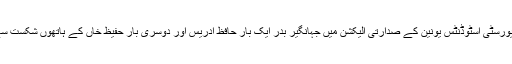
تب پنجاب یونیورسٹی اسٹوڈنٹس یونین کے صدارتی الیکشن میں جہانگیر بدر ایک بار حافظ ادریس اور دوسری بار حفیظ خاں کے ہاتھوں شکست سے دو چار ہوا۔